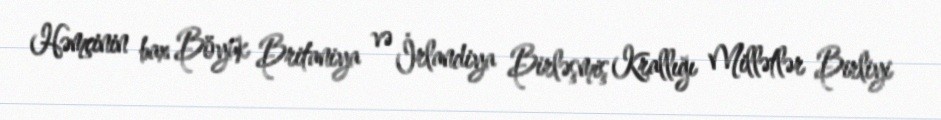
Həmçinin bax Böyük Britaniya və İrlandiya Birləşmiş Krallığı Millətlər Birliyi